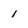
Character: 1